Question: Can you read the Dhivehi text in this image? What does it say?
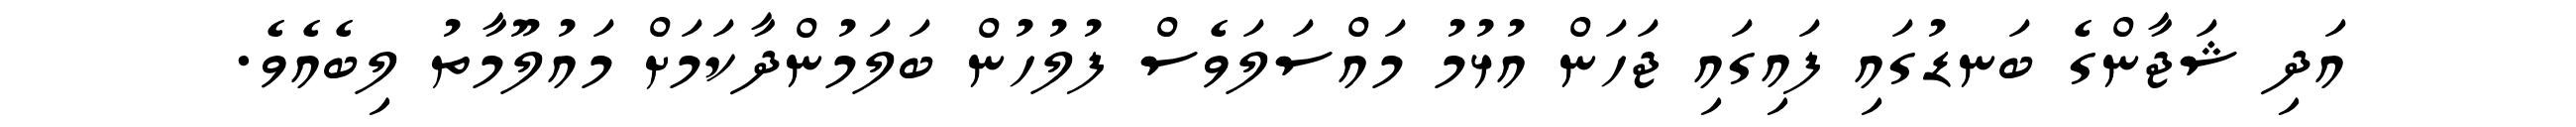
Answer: އަދި ޝަޖާންގެ ބަނޑުގައި ފައިގައި ޖަހަން އުޅުމު މައްސަލަވެސް ފުލުހުން ބަލަމުންދާކަމަށް މައުލޫމާތު ލިބެއެވެ.